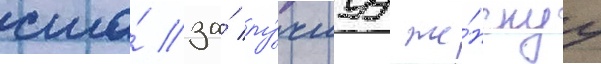
сша́ за́ лу́чшуу же́нскуу